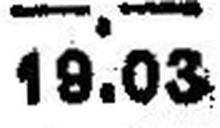
19.03